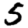
Digit: 5